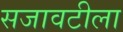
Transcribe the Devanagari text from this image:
सजावटीला